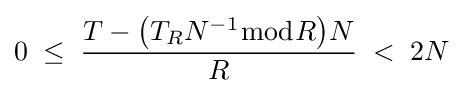
0\;\leq \;{\frac {T-{\bigl (}T_{R}N^{-1}{\bmod {R}}{\bigr )}N}{R}}\;<\;2N